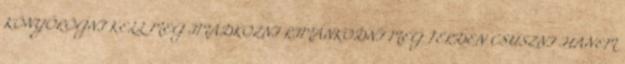
KÖNYÖRÖGNI KELL MEG IMÁDKOZNI RIMÁNKODNI MEG TÉRDEN CSÚSZNI .HANEM